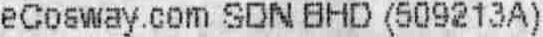
ECOSWAY.COM SDN BHD (509213A)